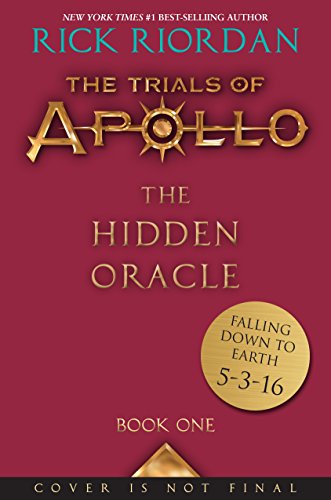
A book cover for The Trials of Apollo Book One The Hidden Oracle; Rick Riordan; Children's Books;